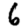
Digit: 6